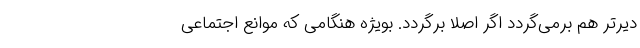
دیرتر هم برمی‌گردد اگر اصلاً برگردد. بویژه هنگامی که موانع اجتماعی